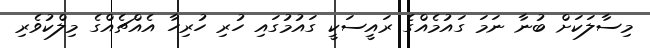
މިސާލަކަށް ބުނާ ނަމަ ގައުމެއްގެ ރައީސަކީ ގައުމުގައި ހުރި ހުރިހާ އެއްޗެއްގެ މިލްކުވެރި